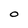
Character: O